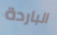
الباردة